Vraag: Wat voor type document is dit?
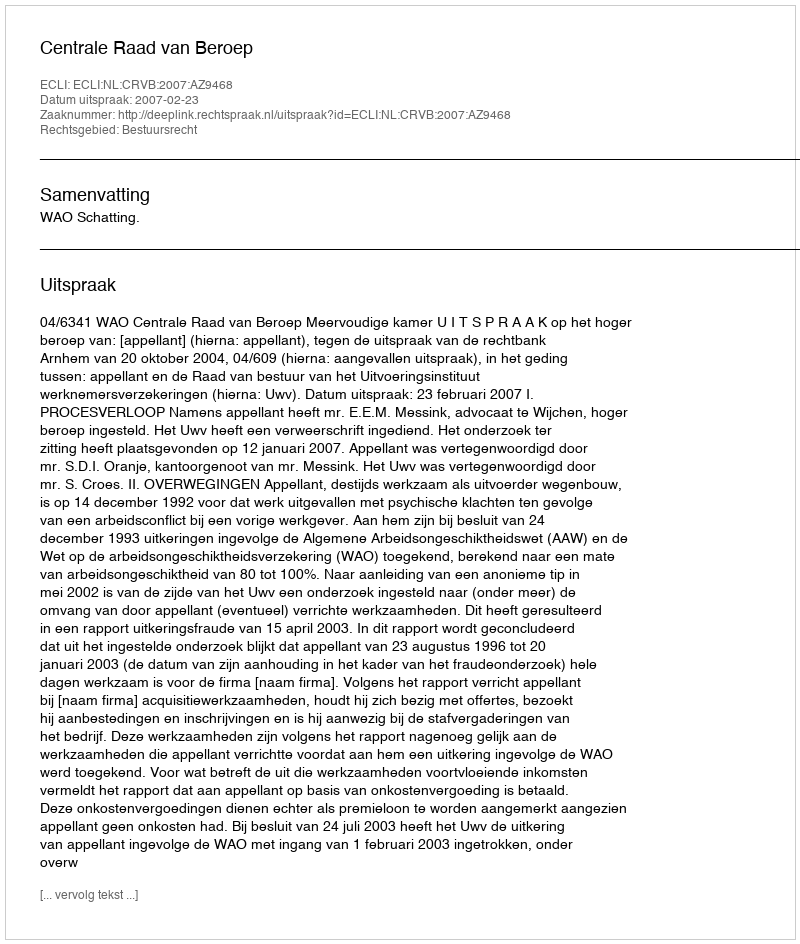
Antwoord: Uitspraak